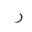
Letter: _ra